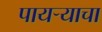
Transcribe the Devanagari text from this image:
पायऱ्याचा